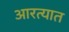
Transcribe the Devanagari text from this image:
आरत्यात